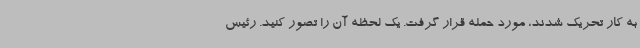
به کار تحریک شدند، مورد حمله قرار گرفت. یک لحظه آن را تصور کنید. رئیس